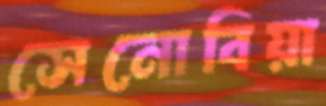
সেনোবিয়া